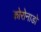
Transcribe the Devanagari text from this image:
कोरोनाडो